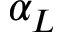
\alpha _ { L }